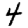
Digit: 4